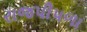
રાજપીપળા